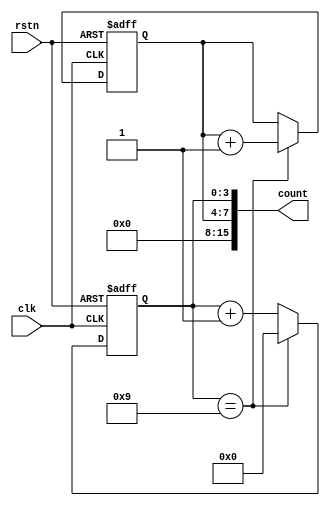
module cascaded_counter (
    input wire clk,
    input wire rstn,
    output reg [15:0] count
);

reg [3:0] counter1;
reg [3:0] counter2;

always @(posedge clk or negedge rstn) begin
    if (~rstn) begin
        counter1 <= 4'b0000;
        counter2 <= 4'b0000;
    end else begin
        if (counter1 == 4'b1001) begin
            counter1 <= 4'b0000;
            counter2 <= counter2 + 1;
        end else begin
            counter1 <= counter1 + 1;
        end
    end
end

assign count = {counter2, counter1};

endmodule